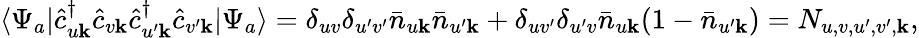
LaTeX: \begin{array}{r}{\langle\Psi_{a}|\hat{c}_{u\mathbf{k}}^{\dagger}\hat{c}_{v\mathbf{k}}\hat{c}_{u^{\prime}\mathbf{k}}^{\dagger}\hat{c}_{v^{\prime}\mathbf{k}}|\Psi_{a}\rangle=\delta_{uv}\delta_{u^{\prime}v^{\prime}}\bar{n}_{u\mathbf{k}}\bar{n}_{u^{\prime}\mathbf{k}}+\delta_{uv^{\prime}}\delta_{u^{\prime}v}\bar{n}_{u\mathbf{k}}(1-\bar{n}_{u^{\prime}\mathbf{k}})=N_{u,v,u^{\prime},v^{\prime},\mathbf{k}},}\end{array}